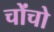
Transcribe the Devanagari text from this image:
चोंचो